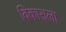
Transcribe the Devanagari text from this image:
विकाराला